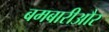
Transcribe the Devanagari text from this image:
बमबारीऔर